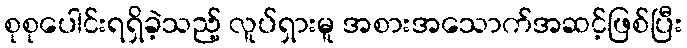
စုစုပေါင်းရရှိခဲ့သည့် လူပ်ရှားမူ အစားအသောက်အဆင့်ဖြစ်ပြီး